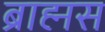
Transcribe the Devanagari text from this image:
ब्राह्मस